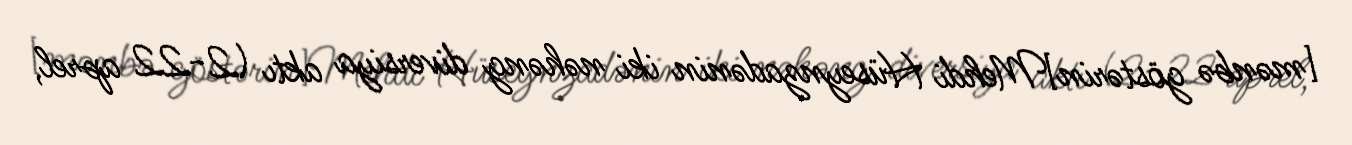
[mənbə göstərin]Mehdi Hüseynzadənin iki nəhəng diversiya aktı (2-22 aprel,